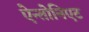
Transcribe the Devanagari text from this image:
ऐन्तोनिएट